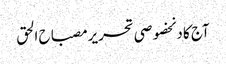
آج کا دنخصوصی تحریرمصباح الحق